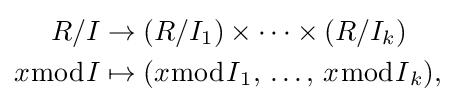
{\begin{aligned}R/I&\to (R/I_{1})\times \cdots \times (R/I_{k})\\x{\bmod {I}}&\mapsto (x{\bmod {I}}_{1},\,\ldots ,\,x{\bmod {I}}_{k}),\end{aligned}}